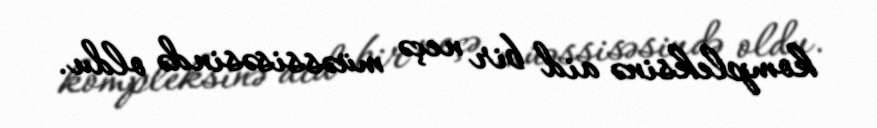
kompleksinə aid bir neçə müəssisəsində oldu.